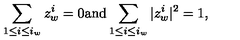
\sum _ { 1 \leq i \leq i _ { w } } z _ { w } ^ { i } = 0 \mathrm { a n d } \sum _ { 1 \leq i \leq i _ { w } } | z _ { w } ^ { i } | ^ { 2 } = 1 ,